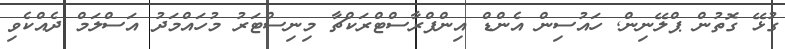
ގުޅޭ ގޮތުން ޕްލޭނިން